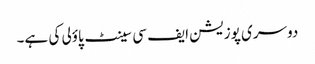
دوسری پوزیشن ایف سی سینٹ پاؤلی کی ہے۔